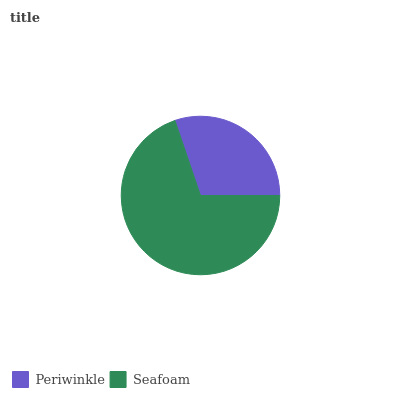
| Periwinkle | Seafoam |
 | --- | --- |
 | 30.3% | 69.7% |